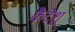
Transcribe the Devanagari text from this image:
कैटेशु